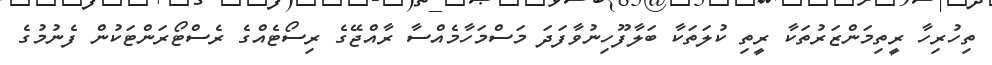
ތިހުރިހާ ރީތިމަންޒަރުތަކާ ރީތި ކުލަތަކާ ބަލާފޫހިނުވާފަދަ މަސްމަހާމެއްސާ ރާއްޖޭގެ ރިސޯޓެއްގެ ރެސްޓޯރަންޓަކުން ފެނުމުގެ